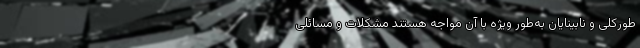
‌طورکلی و نابینایان به‌طور ویژه با آن مواجه هستند مشکلات و مسائلی